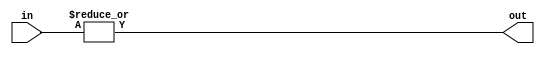
module OR_gate_16 (
    input [15:0] in,
    output out
);

assign out = |in;

endmodule